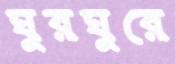
ঘুরঘুরে